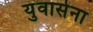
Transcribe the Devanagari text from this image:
युवासेना